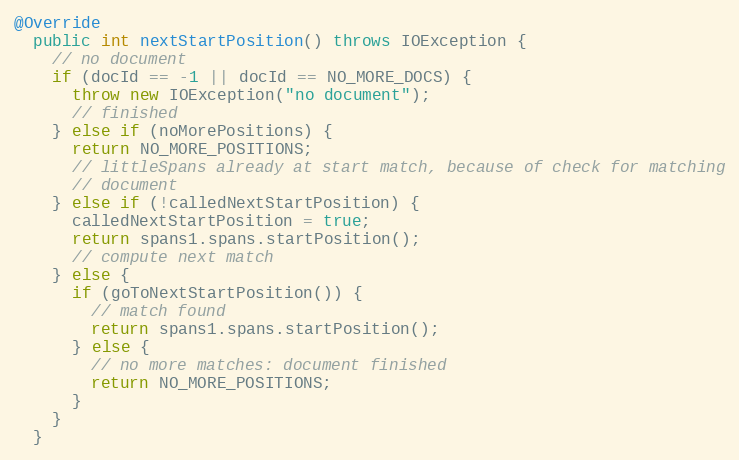
Language: Java
@Override
  public int nextStartPosition() throws IOException {
    // no document
    if (docId == -1 || docId == NO_MORE_DOCS) {
      throw new IOException("no document");
      // finished
    } else if (noMorePositions) {
      return NO_MORE_POSITIONS;
      // littleSpans already at start match, because of check for matching
      // document
    } else if (!calledNextStartPosition) {
      calledNextStartPosition = true;
      return spans1.spans.startPosition();
      // compute next match
    } else {
      if (goToNextStartPosition()) {
        // match found
        return spans1.spans.startPosition();
      } else {
        // no more matches: document finished
        return NO_MORE_POSITIONS;
      }
    }
  }